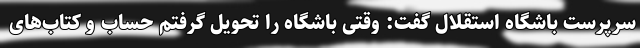
سرپرست باشگاه استقلال گفت: وقتی باشگاه را تحویل گرفتم حساب و کتاب‌های